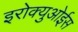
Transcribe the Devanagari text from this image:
इरोक्युओईस